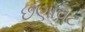
છણાવટ